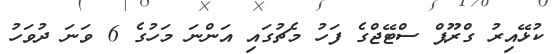
ކުޅޭއިރު ގްރޫޕް ސްޓޭޖްގެ ފަހު މެޗުގައި އަންނަ މަހުގެ 6 ވަނަ ދުވަހު